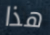
هذا